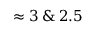
\approx 3 \: \& \: 2 . 5